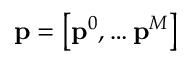
\mathbf { p } = \left[ \mathbf { p } ^ { 0 } , \dots \mathbf { p } ^ { M } \right]